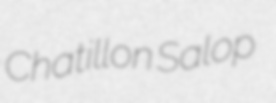
Chatillon Salop